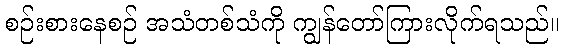
စဉ်းစားနေစဉ် အသံတစ်သံကို ကျွန်တော်ကြားလိုက်ရသည်။